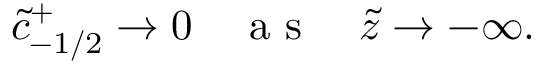
\tilde { c } _ { - 1 / 2 } ^ { + } \to 0 \quad \mathrm { ~ a ~ s ~ } \quad \tilde { z } \to - \infty .